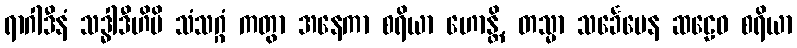
ရာဂါဒီနံ သဒ္ဓါဒီဟိပိ သံသဂ္ဂံ ကတွာ အနေကာ စရိယာ ဟောန္တိ, တသ္မာ သင်္ခေပေန ဆဠေဝ စရိယာ